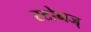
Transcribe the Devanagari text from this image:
स्टोनज्